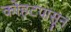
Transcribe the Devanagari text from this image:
कोहटपासून